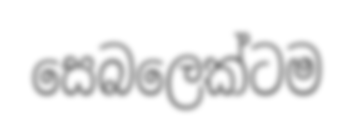
සෙබලෙක්ටම